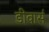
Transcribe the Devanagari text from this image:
डीवार्स